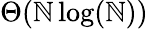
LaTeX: \Theta(\mathbb{N}\log(\mathbb{N}))